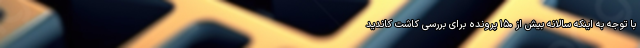
با توجه به اینکه سالانه بیش از ۱۵۰ پرونده برای بررسی کاشت کاندید